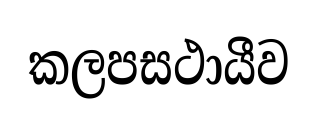
කලපසථායීව